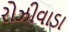
રોઝીવાડા